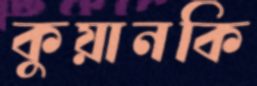
কুয়ানকি